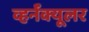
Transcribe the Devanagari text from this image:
व्हर्नॅक्यूलर